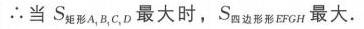
$\therefore$当$S_{矩形A,B,C,D}$最大时，$S_{四边形EFGH}$最大.